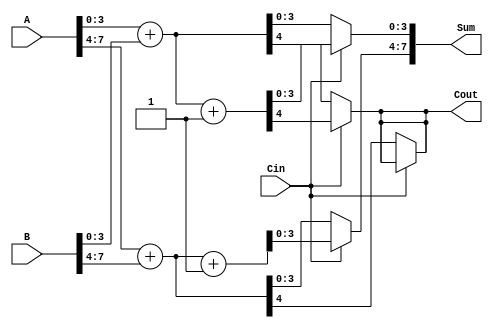
module CarrySelectAdder #(parameter N = 8, parameter K = 4) (
    input [N-1:0] A,
    input [N-1:0] B,
    input Cin,
    output [N-1:0] Sum,
    output Cout
);
    // Number of segments
    localparam SEGMENTS = N / K;

    // Intermediate sum and carry for each segment
    wire [K-1:0] Sum0 [0:SEGMENTS-1];
    wire [K-1:0] Sum1 [0:SEGMENTS-1];
    wire Cout0 [0:SEGMENTS-1];
    wire Cout1 [0:SEGMENTS-1];

    // Carry outputs for multiplexers
    wire [SEGMENTS-1:0] carry_select;

    // Generate the adders for each segment
    genvar i;
    generate
        for (i = 0; i < SEGMENTS; i = i + 1) begin : segment_adders
            // Calculate the indices for the current segment
            wire [K-1:0] A_slice = A[(i*K)+:K];
            wire [K-1:0] B_slice = B[(i*K)+:K];

            // Adder with Cin = 0
            assign {Cout0[i], Sum0[i]} = A_slice + B_slice;

            // Adder with Cin = 1
            assign {Cout1[i], Sum1[i]} = A_slice + B_slice + 1'b1;

            // Carry selection based on previous segment carry
            if (i == 0) begin
                assign carry_select[i] = Cin;
            end else begin
                assign carry_select[i] = Cout0[i-1];
            end
        end
    endgenerate

    // Final sum and carry out
    generate
        for (i = 0; i < SEGMENTS; i = i + 1) begin : final_select
            wire carry_in = (i == 0) ? Cin : carry_select[i-1];

            // MUX to select the appropriate sum and carry-out
            assign Sum[(i*K)+:K] = carry_in ? Sum1[i] : Sum0[i];
            assign Cout = carry_in ? Cout1[i] : Cout0[i];
        end
    endgenerate

    // Combine the final carry outputs
    assign Cout = Cout1[SEGMENTS-1];

endmodule